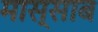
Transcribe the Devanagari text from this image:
मास्साब